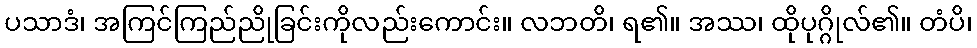
ပသာဒံ၊ အကြင်ကြည်ညိုခြင်းကိုလည်းကောင်း။ လဘတိ၊ ရ၏။ အဿ၊ ထိုပုဂ္ဂိုလ်၏။ တံပိ၊